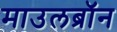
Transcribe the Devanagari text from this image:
माउलब्रॉन